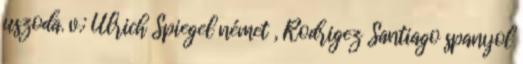
uszoda. v.: Ulrich Spiegel német , Rodrigez Santiago spanyol